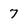
Character: 7